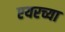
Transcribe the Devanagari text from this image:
एयरच्या